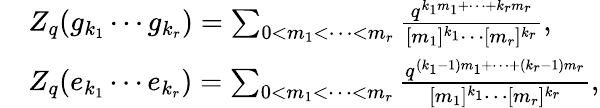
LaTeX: \begin{array}{rl}&{Z_{q}(g_{k_{1}}\cdots g_{k_{r}})=\sum_{0<m_{1}<\cdots<m_{r}}\frac{q^{k_{1}m_{1}+\cdots+k_{r}m_{r}}}{[m_{1}]^{k_{1}}\cdots[m_{r}]^{k_{r}}},}\\ &{Z_{q}(e_{k_{1}}\cdots e_{k_{r}})=\sum_{0<m_{1}<\cdots<m_{r}}\frac{q^{(k_{1}-1)m_{1}+\cdots+(k_{r}-1)m_{r}}}{[m_{1}]^{k_{1}}\cdots[m_{r}]^{k_{r}}},}\end{array}